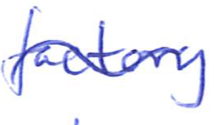
Text: factory
Cross-out: wave
Writing tool: ballpoint